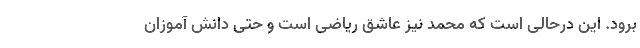
برود. این درحالی است که محمد نیز عاشق ریاضی است و حتی دانش آموزان